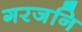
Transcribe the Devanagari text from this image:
गरजनि